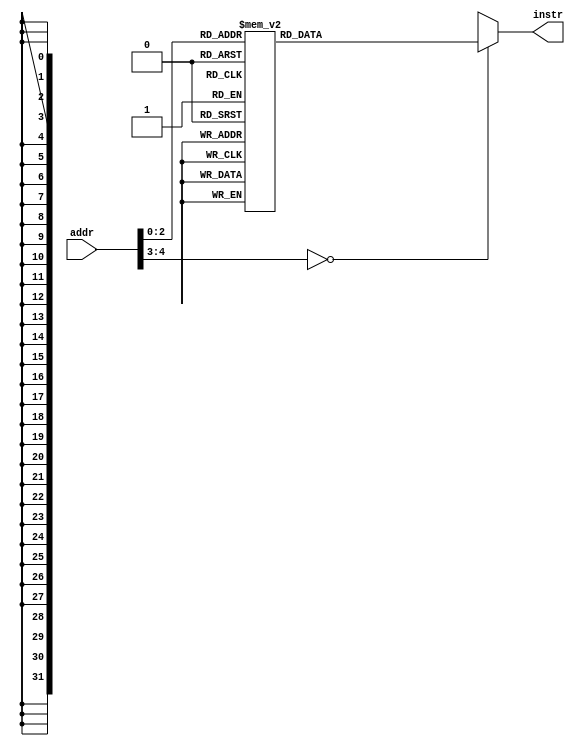
module rom_test3(addr, instr);
// Thomas' test instructions.
// Current test: data forwarding for alu instructions

/*
# tests alu_dependencies
# by Victor Kwok
0x00 addiu	$5, $0, ffff
0x04 addiu	$6, $0, ffff
0x08 mult	$5, $6
0x0c mfhi	$7
0x10 mflo	$8
0x14 divu	$6, $5
0x18 mfhi	$9
0x1c mflo	$10

*/



  input [4:0] addr;
  output [31:0] instr;
  reg [31:0] instr;

  // addresses converted from 32 bit byte-addressable
  // to 23-bit word-addressable
  always @ (addr)
    begin
      case(addr)

	 5'h00: instr <= 32'h2405ffff;
	 5'h01: instr <= 32'h24060001;
	 5'h02: instr <= 32'h00a60018;
	 5'h03: instr <= 32'h00003810;
	 5'h04: instr <= 32'h00004012;
	 5'h05: instr <= 32'h00c5001b;
	 5'h06: instr <= 32'h00004810;
	 5'h07: instr <= 32'h00005012;
	   default: begin
	     instr <= 32'bx; 
          //$display("Invalid ROM address: %h", addr);
	   end
	 endcase
    end
	 
endmodule